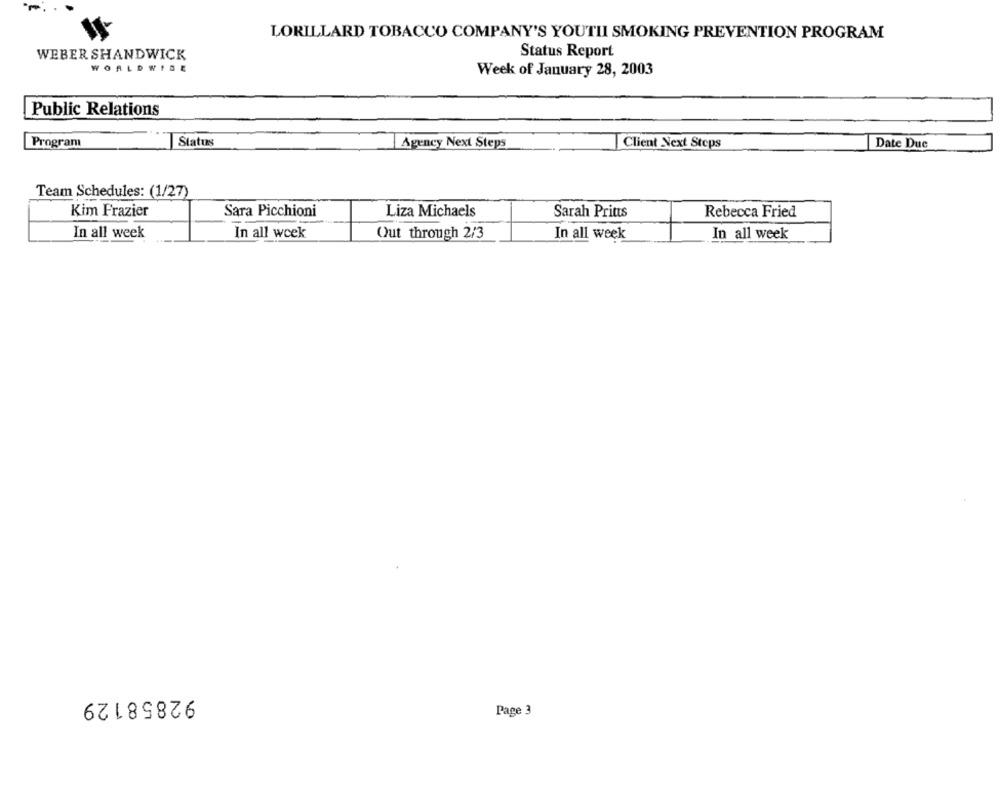
LORILLARD TOBACCO COMPANY'S YOUTII SMOKING PREVENTION PROGRAM
WEBER SHANDWICK
Status Report
WORLDWIDE
Week of January 28, 2003
Public Relations
Program
Status
Agency Next Steps
Client Next Steps
Date Due
Team Schedules: (1/27)
Kim Frazier
Sara Picchioni
Liza Michaels
Sarah Prints
Rebecca Fried
In all week
In all week
Out through 2/3
In all week
In all week
92858129
Page 3